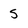
Character: 5